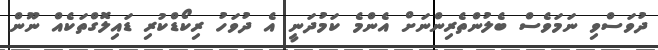
ދުވަސްވި ނަމަވެސް ބެލުންތެރިންނަށް އެންމެ ކަމުދަނީ އެ ދުވަހު ރިކޯޑްކުރި ޑައިލޮގްތަކެއް ނޫން